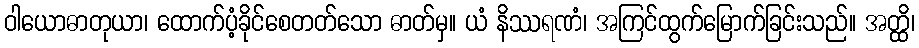
ဝါယောဓာတုယာ၊ ထောက်ပံ့ခိုင်စေတတ်သော ဓာတ်မှ။ ယံ နိဿရဏံ၊ အကြင်ထွက်မြောက်ခြင်းသည်။ အတ္ထိ၊